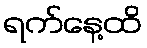
ရက်နေ့ထိ